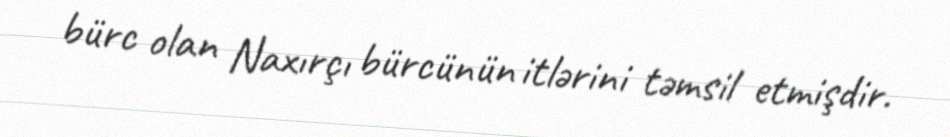
bürc olan Naxırçı bürcünün itlərini təmsil etmişdir.